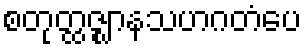
စတုတ္ထဇ္ဈာနသဟဂတံပေ